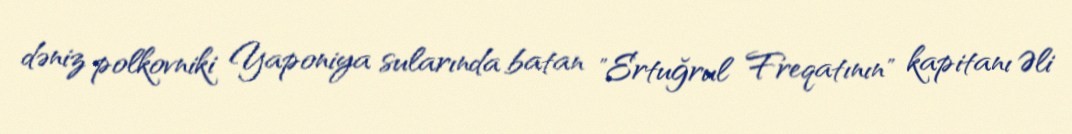
dəniz polkovniki Yaponiya sularında batan "Ertuğrul Freqatının" kapitanı Əli